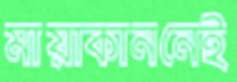
মায়াকাননেই